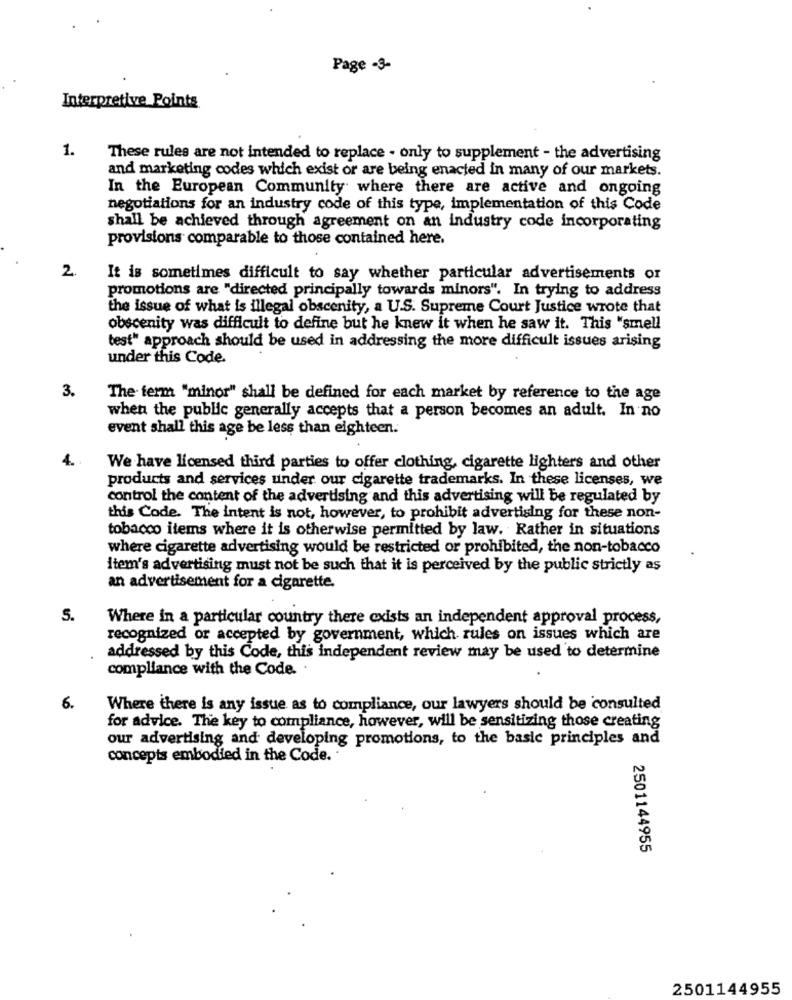
Page -3-
Interpretive Points
1.
These rules are not intended to replace - only to supplement - the advertising
and marketing codes which exist or are being enacted in many of our markets.
In the European Community where there are active and ongoing
negotiations for an industry code of this type, implementation of this Code
shall be achieved through agreement on an industry code incorporating
provisions comparable to those contained here.
2.
It is sometimes difficult to say whether particular advertisements or
promotions are "directed principally towards minors". In trying to address
the issue of what is illegal obscenity, a U.S. Supreme Court Justice wrote that
obscenity was difficult to define but he knew it when he saw it. This "smell
best" approach should be used in addressing the more difficult issues arising
under this Code.
3.
The term "minor" shall be defined for each market by reference to the age
when the public generally accepts that a person becomes an adult. In no
event shall this age be less than eighteen.
4.
We have licensed third parties to offer clothing, cigarette lighters and other
products and services under our cigarette trademarks. In these licenses, we
control the content of the advertising and this advertising will be regulated by
this Code. The intent is not, however, to prohibit advertising for these non-
tobacco items where it is otherwise permitted by law. Rather in situations
where cigarette advertising would be restricted or prohibited, the non-tobacco
Item's advertising must not be such that it is perceived by the public strictly as
an advertisement for a cigarette.
5.
Where in a particular country there exists an independent approval process,
recognized or accepted by government, which rules on issues which are
addressed by this Code, this independent review may be used to determine
compliance with the Code. .
6.
Where there is any issue as to compliance, our lawyers should be consulted
for advice. The key to compliance, however, will be sensitizing those creating
our advertising and developing promotions, to the basic principles and
concepts embodied in the Code ..
2501144955
2501144955